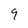
Character: 9